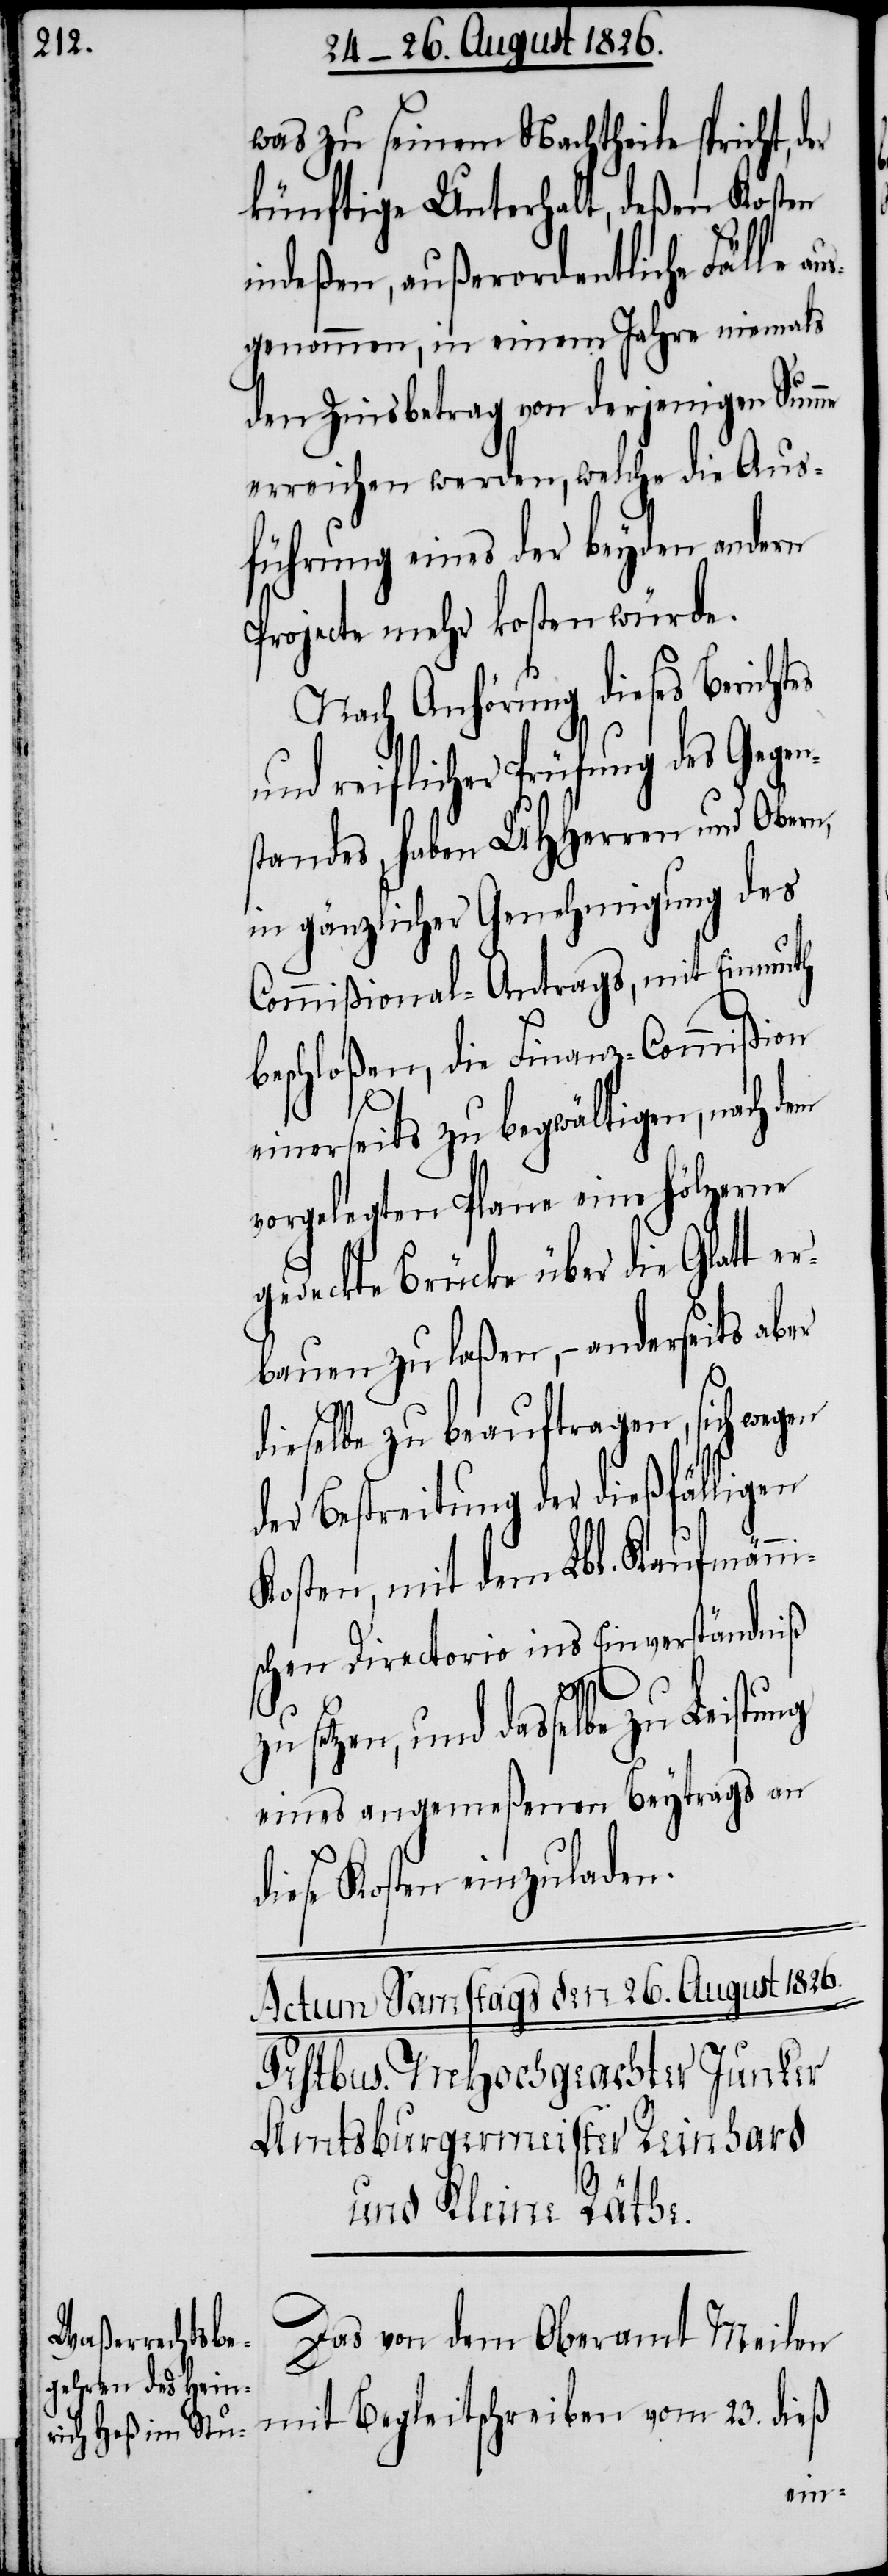
was zu seinem Nachtheile spricht, d¬
künftige Unterhalt, deßen Kosten
indeßen, außerordentliche Fälle au¬
sgenommen, in einem Jahre niemals
den Zinsbetrag von derjenigen Summe
erreichen werden, welche die Aus¬
führung eins der beyden andern
Projecte mehr kosten würde.
Nach Anhörung dieses Berichtes
reiflicher Prüfung des Gege¬
standes, haben MHHerren und Obern,
in gänzlicher Genehmigung des
Commißional-Antrags, mit Einmuth
beschloßen, die Finanz-Commißion
erseits zu begwältigen, nach
vorgelegten Plane eine hölzerne
gedeckte Brücke über die Glatt e¬
rbauen zu laßen, – anderseits aber
dieselbe zu beauftragen, sich weg¬
der Bestreitung der dießfälligen
Kosten, mit dem Lbl. Kaufmänni¬
schen Directorio ins Einverständniß
zu setzen, und dasselbe zu Leistung
eines angemeßenen Beytrags an
diese Kosten einzuladen.
en
Das von dem Oberamt Meilen
mit Begleitschreiben vom 23. dieß
ein¬